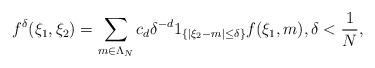
LaTeX: \begin{align*} f^{\delta}(\xi_1,\xi_2)=\sum_{m\in \Lambda_N}c_d \delta^{-d}1_{\{|\xi_2-m|\leq \delta\}}f(\xi_1,m),\delta< \frac{1}{N},\end{align*}